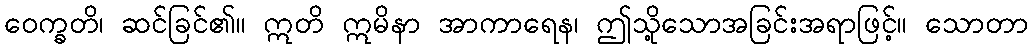
ဝေက္ခတိ၊ ဆင်ခြင်၏။ ဣတိ ဣမိနာ အာကာရေန၊ ဤသို့သောအခြင်းအရာဖြင့်။ သောတာ